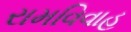
રામવિવાહ